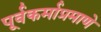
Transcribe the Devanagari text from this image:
पूर्वकर्माप्रमाणे